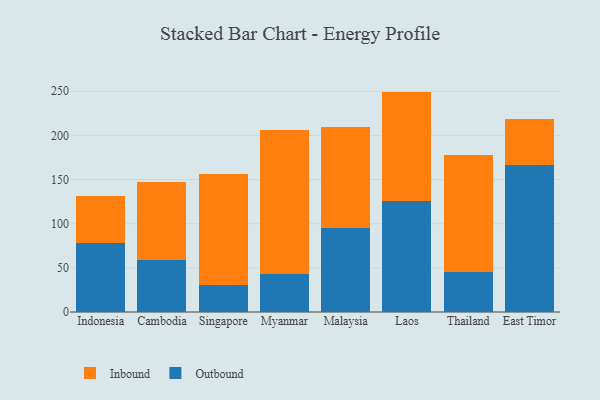
{"axis": {"x": "Country", "y": "Production Output"}, "legend": ["Inbound", "Outbound"], "data": [{"x": "Indonesia", "y": 78.6, "type": "Outbound"}, {"x": "Indonesia", "y": 52.6, "type": "Inbound"}, {"x": "Cambodia", "y": 58.4, "type": "Outbound"}, {"x": "Cambodia", "y": 89.0, "type": "Inbound"}, {"x": "Singapore", "y": 30.1, "type": "Outbound"}, {"x": "Singapore", "y": 126.1, "type": "Inbound"}, {"x": "Myanmar", "y": 43.4, "type": "Outbound"}, {"x": "Myanmar", "y": 162.7, "type": "Inbound"}, {"x": "Malaysia", "y": 94.6, "type": "Outbound"}, {"x": "Malaysia", "y": 114.6, "type": "Inbound"}, {"x": "Laos", "y": 126.2, "type": "Outbound"}, {"x": "Laos", "y": 123.4, "type": "Inbound"}, {"x": "Thailand", "y": 45.2, "type": "Outbound"}, {"x": "Thailand", "y": 132.4, "type": "Inbound"}, {"x": "East Timor", "y": 166.8, "type": "Outbound"}, {"x": "East Timor", "y": 51.3, "type": "Inbound"}]}